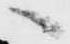
へ